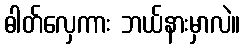
ဓါတ်လှေကား ဘယ်နားမှာလဲ။